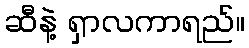
ဆီနဲ့ ရှာလကာရည်။